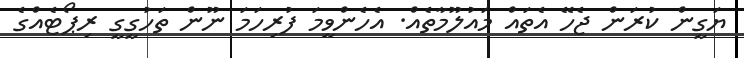
ޔަގީން ކުރަން ޖެހޭ އެތައް މައުލޫމާތެއް. އެހެންވީމަ ފުރިހަމަ ނޫން ތަހުގީގީ ރިޕޯޓެއްގެ